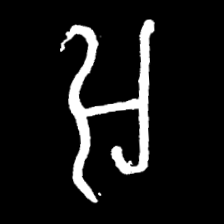
Pyu character \u2014 Myanmar letter: အ (romanized: a)